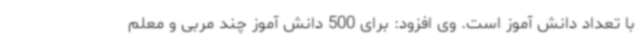
با تعداد دانش آموز است. وی افزود: برای 500 دانش آموز چند مربی و معلم